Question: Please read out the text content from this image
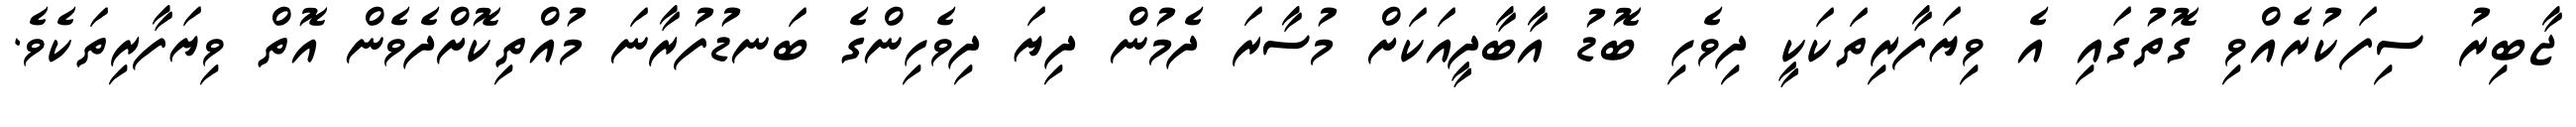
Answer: ޖާބިރު ސިފަކުރެއްވި ގޮތުގައި އެ ވިޔަފާރިތަކަކީ ދިވެހި ބޮޑު އާބާދީއަކަށް މުސާރަ ދެމުން ދިޔަ ދިވެހިންގެ ބަނޑުފުރާނަ މުއްތިކޮށްދެވެން އޮތް ވިޔަފާރިތަކެވެ.